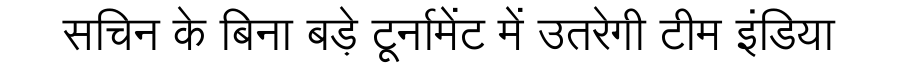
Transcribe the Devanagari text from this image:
सचिन के बिना बड़े टूर्नामेंट में उतरेगी टीम इंडिया